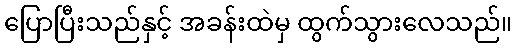
ပြောပြီးသည်နှင့် အခန်းထဲမှ ထွက်သွားလေသည်။